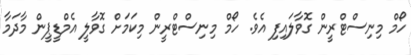
ހޯމް މިނިސްޓްރީން ގޮވާލައިފި އެވެ. ހޯމް މިނިސްޓްރީން މިކަމަށް ގޮވާލީ އެމްޑީޕީން މާދަމާ